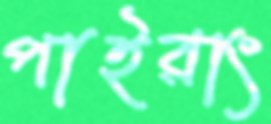
পাইরাং